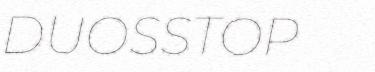
DUOSSTOP